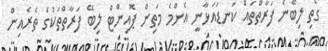
ގޯތި ލިބޭނެ ފަރާތްތައް ކަނޑައަޅާނީ އެންމެ މަތިން ޕޮއިންޓް ލިބޭ ފަރާތްތަކުގެ ތެރެއިން